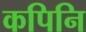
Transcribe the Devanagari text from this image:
कपिनि